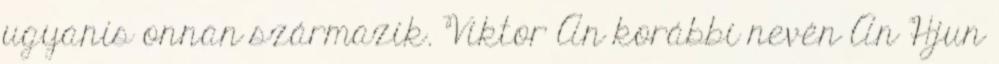
ugyanis onnan származik. Viktor An korábbi nevén An Hjun